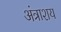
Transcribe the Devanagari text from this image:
अंत्राशय